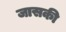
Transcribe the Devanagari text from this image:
जासकी